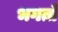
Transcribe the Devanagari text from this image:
भगतो